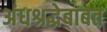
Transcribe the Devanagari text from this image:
अंधश्रद्धेबाबत